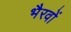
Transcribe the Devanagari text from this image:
भैरवों